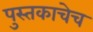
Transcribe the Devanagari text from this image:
पुस्तकाचेच